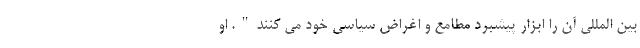
بین المللی آن را ابزار پیشبرد مطامع و اغراض سیاسی خود می کنند". او